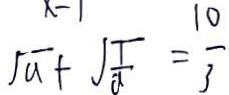
\sqrt { a } + \sqrt { \frac { 1 } { a } } = \frac { 1 0 } { 3 }